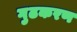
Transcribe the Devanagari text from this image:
गुढकरण